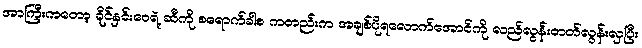
အာကြီးကတော့ ခိုင်နှင်းဝေရဲ့ ဆီကို စရောက်ခါစ ကတည်းက အချစ်ပိုရလောက်အောင်ကို လည်လွန်းတတ်လွန်းလှပြီး